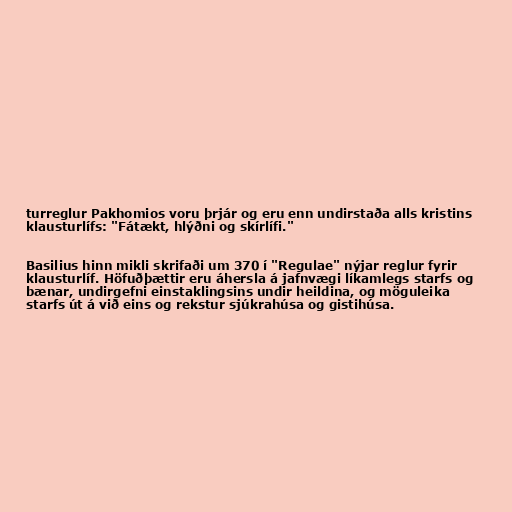
turreglur Pakhomios voru þrjár og eru enn undirstaða alls kristins
klausturlífs: "Fátækt, hlýðni og skírlífi."

Basilius hinn mikli skrifaði um 370 í "Regulae" nýjar reglur fyrir
klausturlíf. Höfuðþættir eru áhersla á jafnvægi líkamlegs starfs og
bænar, undirgefni einstaklingsins undir heildina, og möguleika
starfs út á við eins og rekstur sjúkrahúsa og gistihúsa.